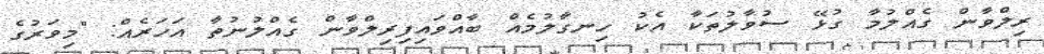
ރިލްވާން ގެއްލުމާ ގުޅޭ ސުވާލުތަކާ އެކު ހިނގާލުމެއް ބާއްވައިފިރިލްވާން ގެއްލުނުތާ އަހަރެއް: "މިވަރުގެ